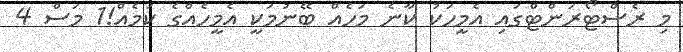
މި ރެސްޓޯރަންޓްގައި އެމީހަކު ކާނެ މަހެއް ބޭނުމަކީ އެމީހެއްގެ ކަމެއް!1 މަސް 4